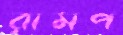
রামপ